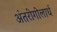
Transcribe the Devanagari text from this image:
अंतरीगोलार्ध